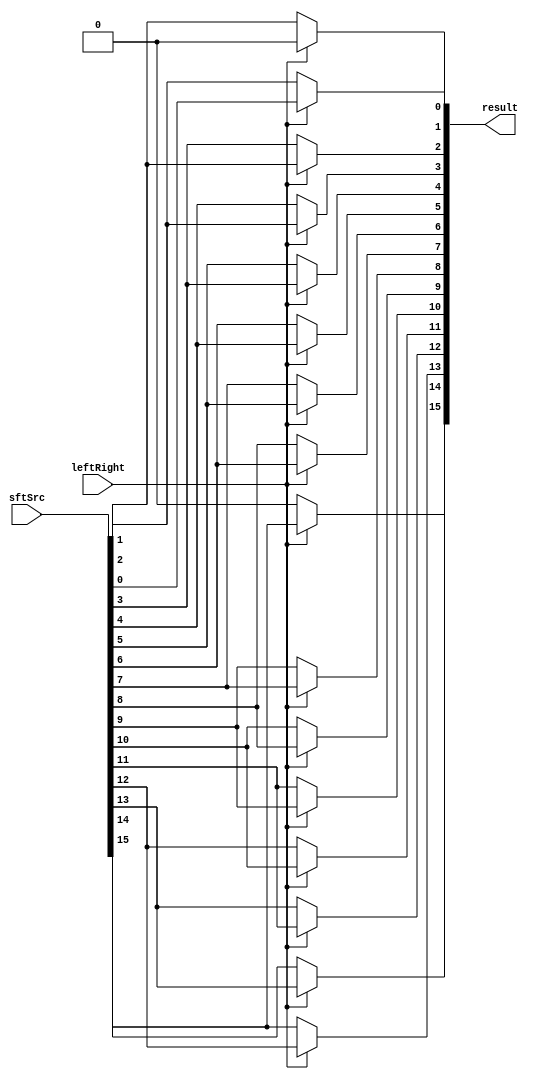
module Shifter( result, leftRight, sftSrc );

//I/O ports 
output	[16-1:0] result;

input			leftRight;
input	[16-1:0] sftSrc ;

//Internal Signals
wire	[16-1:0] result;
  
//Main function
assign result[0] = (leftRight==0) ? sftSrc[1] : 0;
assign result[1] = (leftRight==0) ? sftSrc[2] : sftSrc[0];
assign result[2] = (leftRight==0) ? sftSrc[3] : sftSrc[1];
assign result[3] = (leftRight==0) ? sftSrc[4] : sftSrc[2];
assign result[4] = (leftRight==0) ? sftSrc[5] : sftSrc[3];
assign result[5] = (leftRight==0) ? sftSrc[6] : sftSrc[4];
assign result[6] = (leftRight==0) ? sftSrc[7] : sftSrc[5];
assign result[7] = (leftRight==0) ? sftSrc[8] : sftSrc[6];
assign result[8] = (leftRight==0) ? sftSrc[9] : sftSrc[7];
assign result[9] = (leftRight==0) ? sftSrc[10] : sftSrc[8];
assign result[10] = (leftRight==0) ? sftSrc[11] : sftSrc[9];
assign result[11] = (leftRight==0) ? sftSrc[12] : sftSrc[10];
assign result[12] = (leftRight==0) ? sftSrc[13] : sftSrc[11];
assign result[13] = (leftRight==0) ? sftSrc[14] : sftSrc[12];
assign result[14] = (leftRight==0) ? sftSrc[15] : sftSrc[13];
assign result[15] = (leftRight==0) ? 0 : sftSrc[14];

endmodule